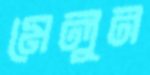
মেলুন